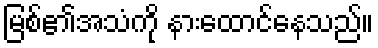
မြစ်၏အသံကို နားထောင်နေသည်။